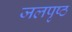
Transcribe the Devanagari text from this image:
जलपृष्ठ